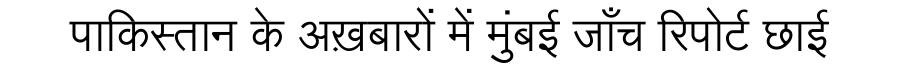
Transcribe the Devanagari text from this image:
पाकिस्तान के अख़बारों में मुंबई जाँच रिपोर्ट छाई